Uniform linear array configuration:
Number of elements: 48
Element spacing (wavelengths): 1
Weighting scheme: uniform
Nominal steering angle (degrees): -15
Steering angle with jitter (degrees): -16.461
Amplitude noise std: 0.05
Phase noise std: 0.05

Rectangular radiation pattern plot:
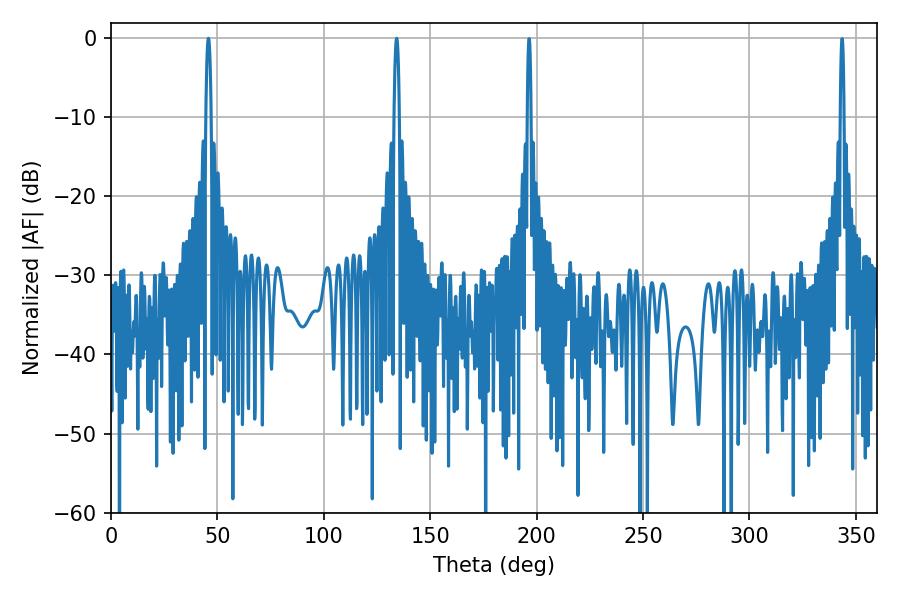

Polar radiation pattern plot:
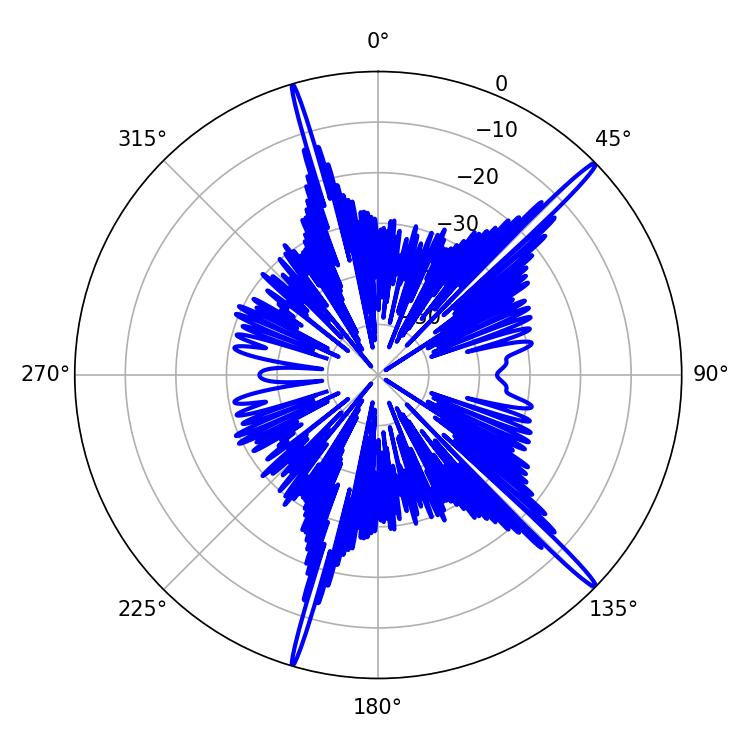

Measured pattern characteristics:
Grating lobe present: TRUE
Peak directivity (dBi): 18.183
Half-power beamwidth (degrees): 1.26
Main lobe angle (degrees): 45.72